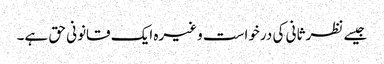
جیسے نظر ثانی کی درخواست وغیرہ ایک قانونی حق ہے۔